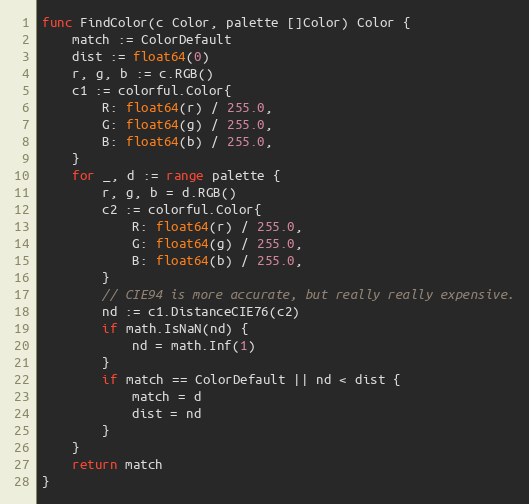
Language: Go
func FindColor(c Color, palette []Color) Color {
	match := ColorDefault
	dist := float64(0)
	r, g, b := c.RGB()
	c1 := colorful.Color{
		R: float64(r) / 255.0,
		G: float64(g) / 255.0,
		B: float64(b) / 255.0,
	}
	for _, d := range palette {
		r, g, b = d.RGB()
		c2 := colorful.Color{
			R: float64(r) / 255.0,
			G: float64(g) / 255.0,
			B: float64(b) / 255.0,
		}
		// CIE94 is more accurate, but really really expensive.
		nd := c1.DistanceCIE76(c2)
		if math.IsNaN(nd) {
			nd = math.Inf(1)
		}
		if match == ColorDefault || nd < dist {
			match = d
			dist = nd
		}
	}
	return match
}